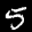
Label: 5